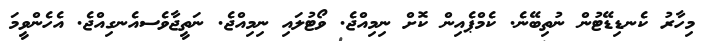
މިހާރު ކެނޑިޑޭޓުން ނުތިބޭނެ. ކެމްޕެއިން ކޮށް ނިމިއްޖެ. ވޯޓުލައި ނިމިއްޖެ. ނަތީޖާވެސއެނގިއްޖެ. އެހެންވީމަ